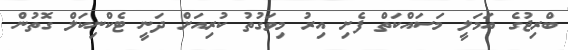
ބްރިޖުގެ އަމަލީ މަސައްކަތް ފެށި އިރު މިވަގުތު ކުރިއަށް ދަނީ ޓެކްނިކަލް ގޮތުން